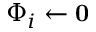
{ \Phi _ { i } } \gets \mathbf { 0 }